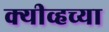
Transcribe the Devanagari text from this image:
क्यीव्हच्या